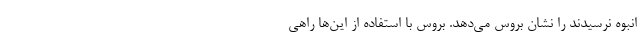
انبوه نرسیدند را نشان بروس می‌دهد. بروس با استفاده از این‌ها راهی